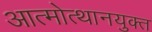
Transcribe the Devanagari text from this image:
आत्मोत्थानयुक्त